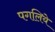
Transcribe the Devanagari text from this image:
पगलिये